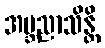
အဗ္ဘညာသိန္တိ